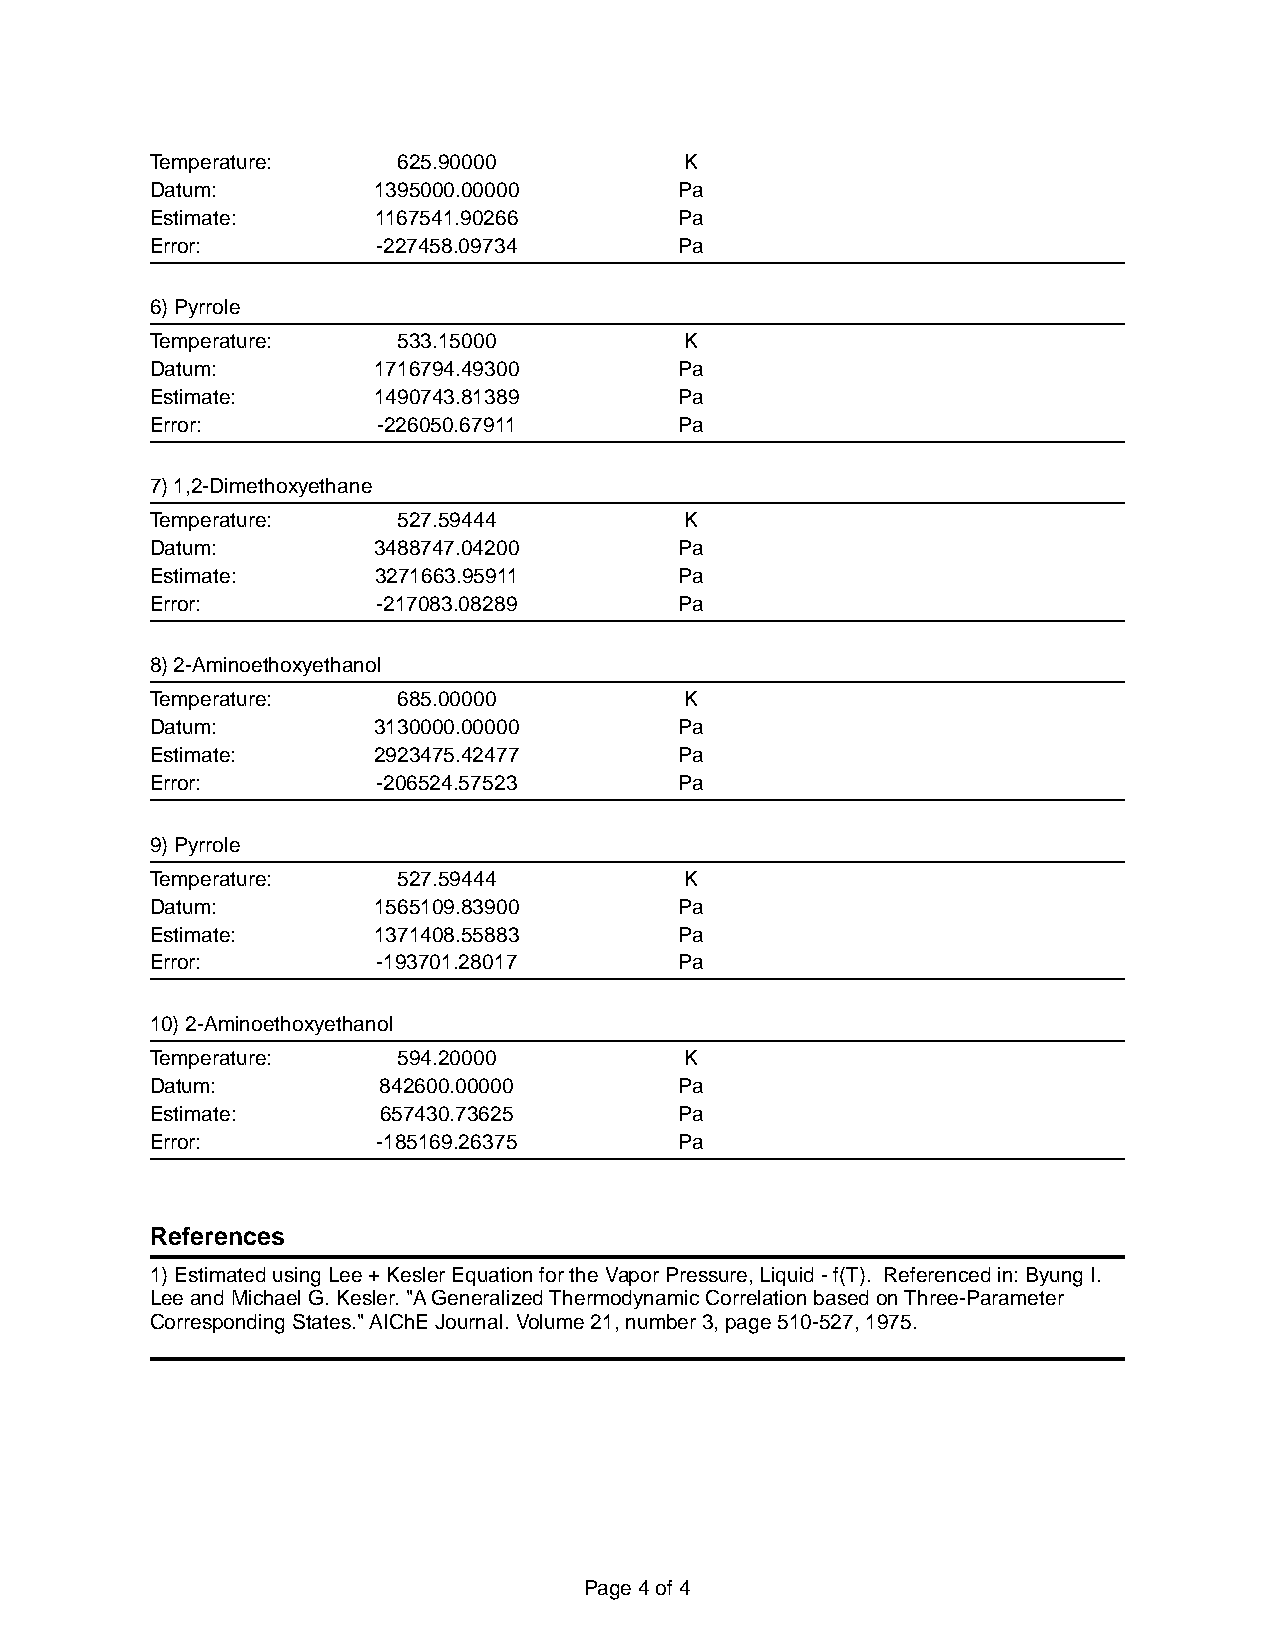
Temperature:    625.90000          K
 Datum:         1395000.00000       Pa
 Estimate:      1167541.90266       Pa
 Error:         -227458.09734       Pa
 6) Pyrrole
 Temperature:    533.15000          K
 Datum:         1716794.49300       Pa
 Estimate:      1490743.81389       Pa
 Error:         -226050.67911       Pa
 7) 1,2-Dimethoxyethane
 Temperature:    527.59444          K
 Datum:         3488747.04200       Pa
 Estimate:      3271663.95911       Pa
 Error:         -217083.08289       Pa
 8) 2-Aminoethoxyethanol
 Temperature:    685.00000          K
 Datum:         3130000.00000       Pa
 Estimate:      2923475.42477       Pa
 Error:         -206524.57523       Pa
 9) Pyrrole
 Temperature:    527.59444          K
 Datum:         1565109.83900       Pa
 Estimate:      1371408.55883       Pa
 Error:         -193701.28017       Pa
 10) 2-Aminoethoxyethanol
 Temperature:    594.20000          K
 Datum:         842600.00000        Pa
 Estimate:      657430.73625        Pa
 Error:         -185169.26375       Pa
 References
 1) Estimated using Lee + Kesler Equation for the Vapor Pressure, Liquid - f(T). Referenced in: Byung I.
 Lee and Michael G. Kesler. "A Generalized Thermodynamic Correlation based on Three-Parameter
 Corresponding States." AIChE Journal. Volume 21, number 3, page 510-527, 1975.
 Page 4 of 4